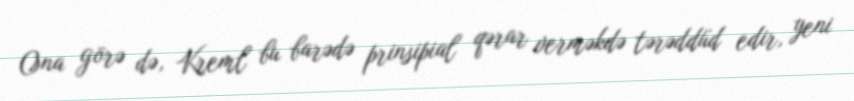
Ona görə də, Kreml bu barədə prinsipial qərar verməkdə tərəddüd edir, yeni